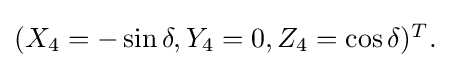
{\textstyle (X_{4}=-\sin \delta ,Y_{4}=0,Z_{4}=\cos \delta )^{T}.}